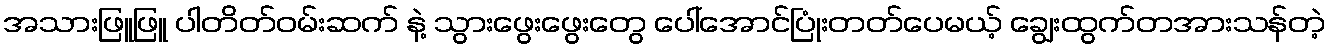
အသားဖြူဖြူ ပါတိတ်ဝမ်းဆက် နဲ့ သွားဖွေးဖွေးတွေ ပေါ်အောင်ပြုံးတတ်ပေမယ့် ချွေးထွက်တအားသန်တဲ့